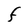
Character: F